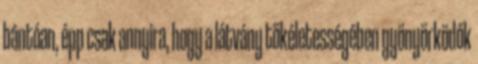
bántóan, épp csak annyira, hogy a látvány tökéletességében gyönyörködők